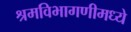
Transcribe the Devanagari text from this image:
श्रमविभागणीमध्ये